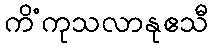
ကိံကုသလာနုဧသီ